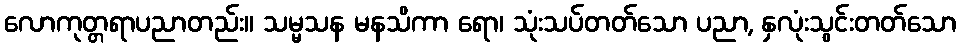
လောကုတ္တရာပညာတည်း။ သမ္မသန မနသိကာ ရော၊ သုံးသပ်တတ်သော ပညာ, နှလုံးသွင်းတတ်သော